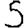
Digit: 5